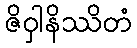
ဇိဝှါနိဿိတံ